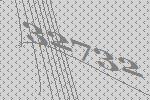
32732